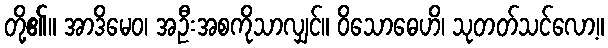
တို့၏။ အာဒိမေဝ၊ အဦးအစကိုသာလျှင်။ ဝိသောဓေဟိ၊ သုတတ်သင်လော့။